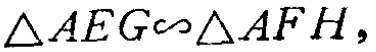
$\triangle AEG\backsim\triangle AFH,$